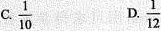
C.\frac{1}{10} D.\frac{1}{12}